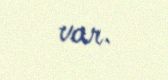
var.